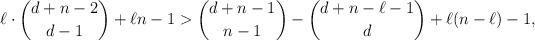
LaTeX: \begin{align*}\ell \cdot \binom{d+n-2}{d-1} + \ell n - 1 > \binom{d+n-1}{n-1} - \binom{d+n- \ell - 1}{d} + \ell (n- \ell) - 1,\end{align*}